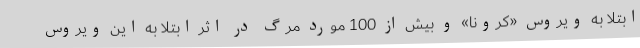
ابتلا به ویروس «کرونا» و بیش از 100 مورد مرگ در اثر ابتلا به این ویروس